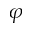
\varphi